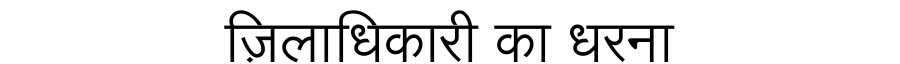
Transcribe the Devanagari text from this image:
ज़िलाधिकारी का धरना